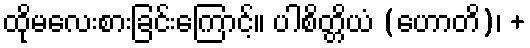
ထိုမလေးစားခြင်းကြောင့်။ ပါစိတ္တိယံ (ဟောတိ)၊ +